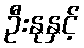
ဦးနုနှင့်